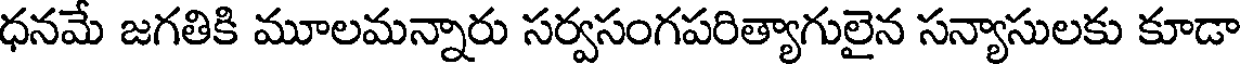
ధనమే జగతికి మూలమన్నారు సర్వసంగపరిత్యాగులైన సన్యాసులకు కూడా